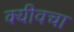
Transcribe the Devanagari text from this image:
क्यीवचा